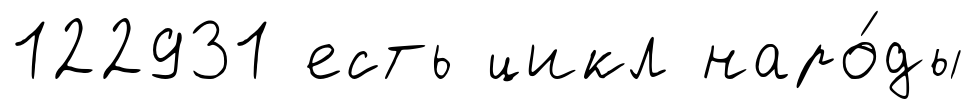
122931 есть цикл наро́ды